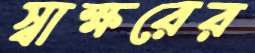
স্বাক্ষরের